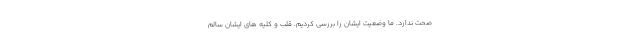
صحت ندارد. ما وضعیت ایشان را بررسی کردیم. قلب و کلیه های ایشان سالم